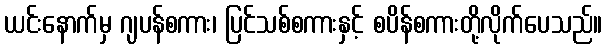
ယင်းနောက်မှ ဂျပန်စကား၊ ပြင်သစ်စကားနှင့် စပိန်စကားတို့လိုက်ပေသည်။